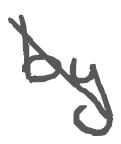
Text: by
Cross-out: diagonal
Writing tool: digital_gray